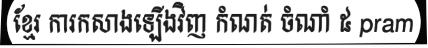
ខ្មែរ ការកសាងឡើងវិញ កំណត់ ចំណាំ ៥ pram